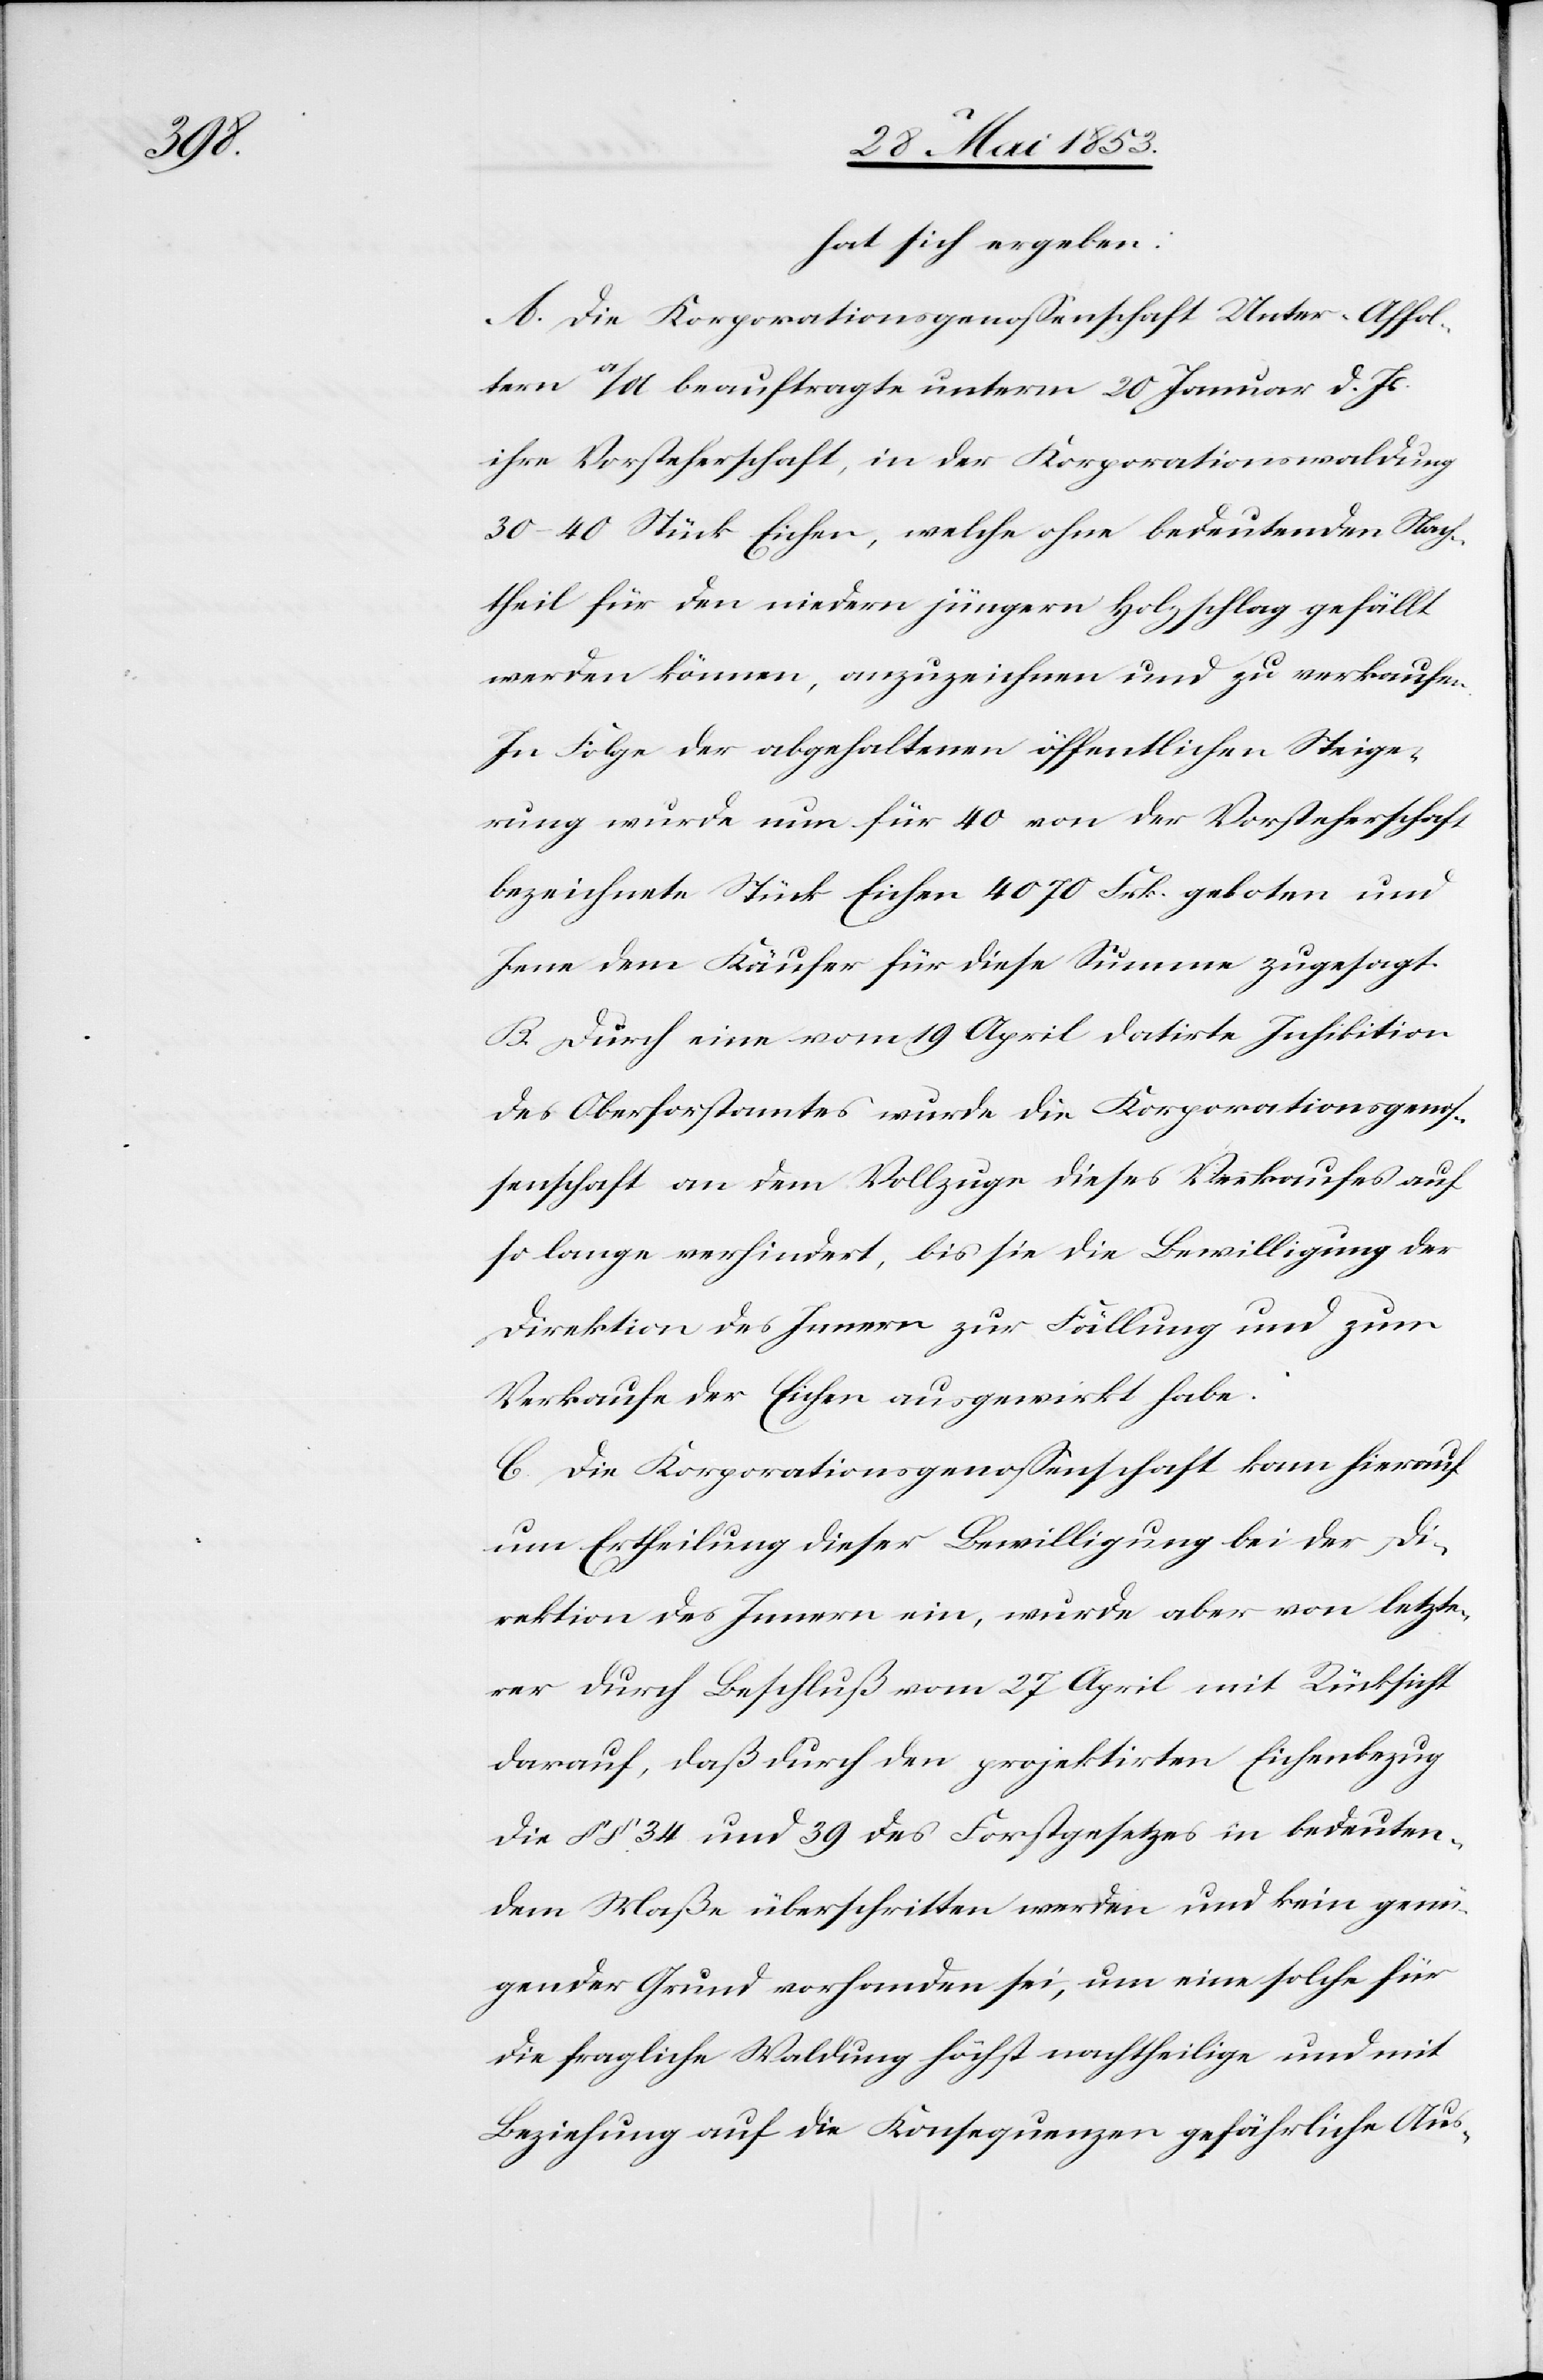
habe.

hat sich ergeben:
A. Die Korporationsgenoßenschaft Unter-Affol¬
tern a/A. beauftragte unterm 20 Januar d. Js.
ihre Vorsteherschaft, in der Korporationswaldung
30–40 Stück Eichen, welche ohne bedeutenden Nach¬
theil für den niedern jüngern Holzschlag gefällt
werden können, anzuzeichnen und zu verkaufen.
In Folge der abgehaltenen öffentlichen Steige¬
rung wurde nun für 40 von der Vorsteherschaft
bezeichnete Stück Eichen 4070 Frk. geboten und
Jene dem Käufer für diese Summe zgesagt.
B. Durch eine vom 19 April datirte Inhibition
des Oberforstamtes wurde die Korporationsgeno¬
ßenschaft an dem Vollzuge dieses Verkaufes auf
so lange verhindert, bis sie die Bewilligung der
Direktion des Innern zur Fällung und zum
C Die Korporationsgenoßenschaft kam hierauf
um Ertheilung dieser Bewilligung bei der Di¬
rektion des Innern ein, wurde aber von letzte¬
rer durch Beschluß vom 27 April mit Rücksicht
darauf, daß durch den projektirten Eichenbezug
die §§ 34 und 39 des Forstgesetzes in bedeuten¬
dem Maße überschritten werden und kein genü¬
gender Grund vorhanden sei, um eine solche für
die fragliche Waldung höchst nachtheilige und mit
Beziehung auf die Konsequenzen gefährliche Aus-